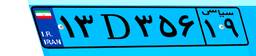
۶۲D۸۶۱۸۶